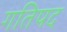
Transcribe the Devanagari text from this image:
गतिपद